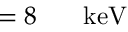
= 8 \ensuremath { \mathrm { ~ \textrm ~ { ~ \, ~ } ~ } } \ensuremath { \mathrm { k e V } }